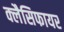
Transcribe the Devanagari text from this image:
क्लैसिफायर